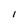
Character: I